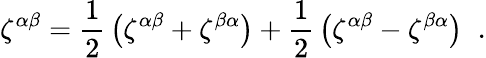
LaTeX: \zeta^{\alpha\beta}={\frac{1}{2}}\left(\zeta^{\alpha\beta}+\zeta^{\beta\alpha}\right)+{\frac{1}{2}}\left(\zeta^{\alpha\beta}-\zeta^{\beta\alpha}\right)\; \; .